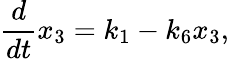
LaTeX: \frac{d}{dt}x_{3}=k_{1}-k_{6}x_{3},